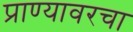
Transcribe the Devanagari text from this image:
प्राण्यावरचा